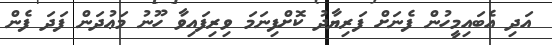
އަދި އެބައިމީހުން ފެނަށް ފަރިޔާދު ކޮށްފިނަމަ ވިރިފައިވާ ހޫނު މަޢުދަން ފަދަ ފެން